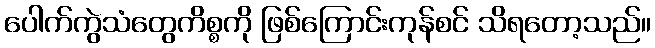
ပေါက်ကွဲသံတွေကိစ္စကို ဖြစ်ကြောင်းကုန်စင် သိရတော့သည်။